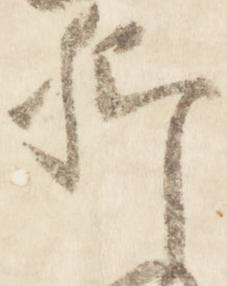
卿